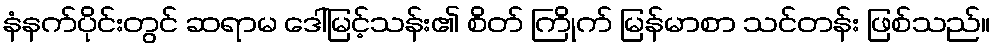
နံနက်ပိုင်းတွင် ဆရာမ ဒေါ်မြင့်သန်း၏ စိတ် ကြိုက် မြန်မာစာ သင်တန်း ဖြစ်သည်။